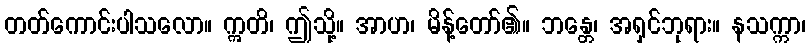
တတ်ကောင်းပါသလော။ ဣတိ၊ ဤသို့။ အာဟ၊ မိန့်တော်၏။ ဘန္တေ၊ အရှင်ဘုရား။ နသက္ကာ၊